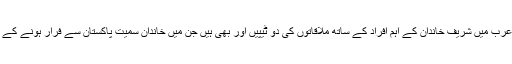
ارشد ملک کی سعودی عرب میں شریف خاندان کے اہم افراد کے ساتھ ملاقاتوں کی دو ٹیپیں اور بھی ہیں جن میں خاندان سمیت پاکستان سے فرار ہونے کے منصوبے بنا رہے ہیں۔